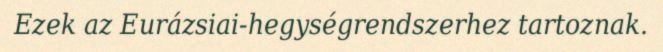
Ezek az Eurázsiai-hegységrendszerhez tartoznak.